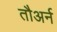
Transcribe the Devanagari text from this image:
तौअर्न